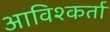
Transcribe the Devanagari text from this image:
आविश्कर्ता